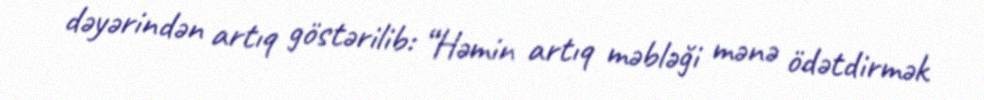
dəyərindən artıq göstərilib: “Həmin artıq məbləği mənə ödətdirmək